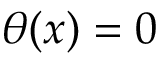
\theta ( x ) = 0